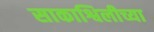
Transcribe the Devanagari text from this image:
साकाश्विलीच्या